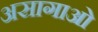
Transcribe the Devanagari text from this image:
असागाओ